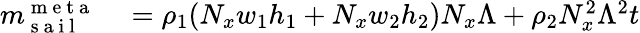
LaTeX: \begin{array}{rl}{m_{\mathrm{~s~a~i~l~}}^{\mathrm{~m~e~t~a~}}}&{{}=\rho_{1}(N_{x}w_{1}h_{1}+N_{x}w_{2}h_{2})N_{x}\Lambda+\rho_{2}N_{x}^{2}\Lambda^{2}t}\end{array}